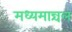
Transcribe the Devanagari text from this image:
मध्यमान्चल